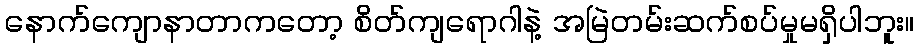
နောက်ကျောနာတာကတော့ စိတ်ကျရောဂါနဲ့ အမြဲတမ်းဆက်စပ်မှုမရှိပါဘူး။